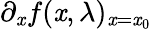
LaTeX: \partial_{\mathit{x}}f(\mathit{x},\lambda)_{\mathit{x}=\mathit{x}_{0}}